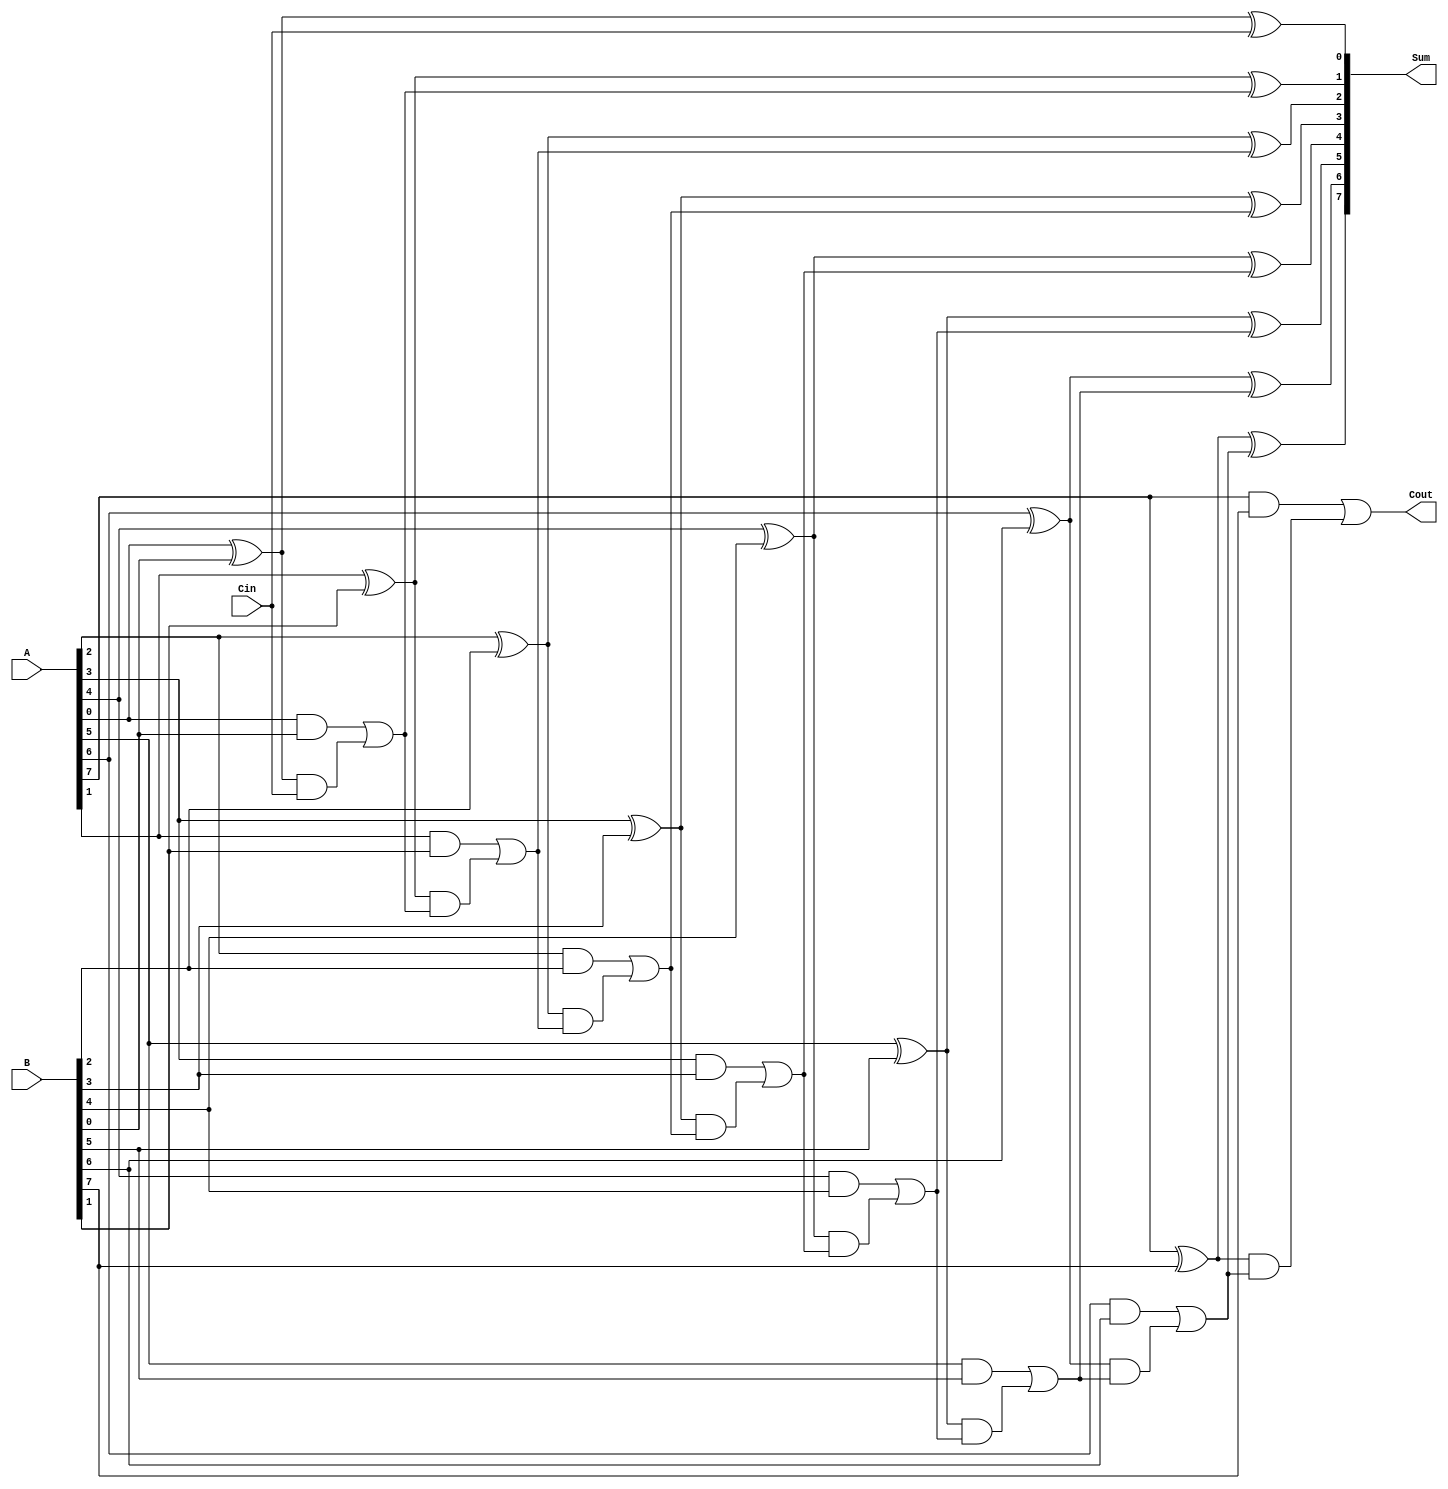
module ParallelFullAdder #(parameter N = 8) (
    input  [N-1:0] A,       // N-bit binary number A
    input  [N-1:0] B,       // N-bit binary number B
    input        Cin,        // Carry input
    output [N-1:0] Sum,     // N-bit sum output
    output       Cout        // Carry output
);
    wire [N:0] carry; // Carry wires, carry[N] is the final carry out

    assign carry[0] = Cin; // Initialize the first carry input

    genvar i;
    generate
        for (i = 0; i < N; i = i + 1) begin : full_adder
            // Sum calculation for bit i
            assign Sum[i] = A[i] ^ B[i] ^ carry[i];
            // Carry calculation for bit i
            assign carry[i + 1] = (A[i] & B[i]) | ((A[i] ^ B[i]) & carry[i]);
        end
    endgenerate

    assign Cout = carry[N]; // Final carry out

endmodule